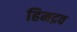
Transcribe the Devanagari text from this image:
हिमद्रव